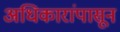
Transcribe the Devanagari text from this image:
अधिकारांपासून